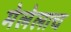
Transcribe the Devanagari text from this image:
मेलेलाच